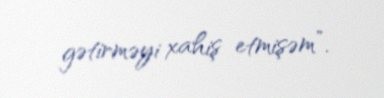
gətirməyi xahiş etmişəm”.